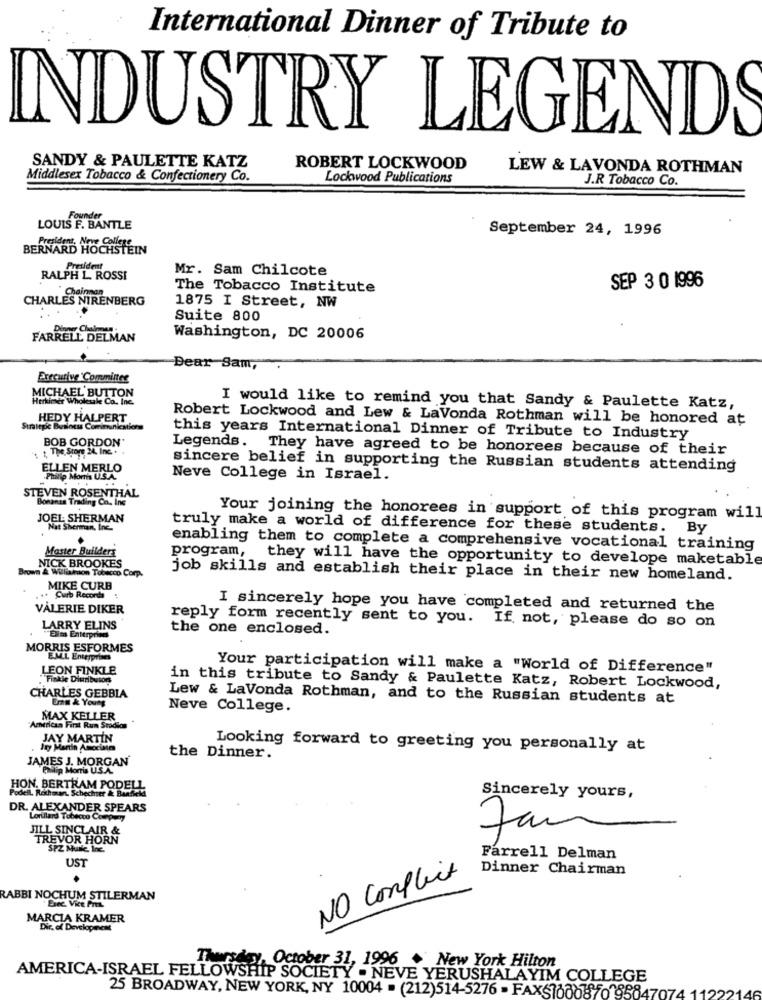
International Dinner of Tribute to
INDUSTRY LEGENDS
SANDY & PAULETTE KATZ
ROBERT LOCKWOOD
LEW & LAVONDA ROTHMAN
Middlesex Tobacco & Confectionery Co.
Lockwood Publications
J.R Tobacco Co.
LOUIS F. BANTLE
September 24, 1996
BERNARD HOCHSTE
President
Mr. Sam Chilcote
RALPH L. ROSSI
The Tobacco Institute
SEP 3 0 1996
CHARLES NIRENBERG
Chairman
1875 I Street, NW
Suite 800
FARRELL DELMAN
Washington, DC 20006
Dear Sam,
Executive Committee
MICHAEL BUTTON
Herkimer Wholesale Co. Inc.
I would like to remind you that Sandy & Paulette Katz,
HEDY HALPERT
Robert Lockwood and Lew & LaVonda Rothman will be honored at
Strategic Business Communications
BOB GORDON'
this years International Dinner of Tribute to Industry
"+ ", The Store 24, Inc. +
Legends. They have agreed to be honorees because of their
ELLEN MERLO
sincere belief in supporting the Russian students attending
Philip Morris U.S.A.
Neve College in Israel.
STEVEN ROSENTHAL
Bonanan Trading Co. Inc
JOEL SHERMAN
Your joining the honorees in support of this program will
at Sherman, Inc.
truly make a world of difference for these students. By
Master Builders
program,
enabling them to complete a comprehensive vocational training
they will have the opportunity to develope maketable
Brown & Williamson Tobacco Corp.
NICK BROOKES
job skills and establish their place in their new homeland.
MIKE CURB
.. Curb Records
VALERIE DIKER
I sincerely hope you have completed and returned the
LARRY ELINS
reply form recently sent to you. If not, please do so on
the one enclosed.
Elles Enterprises
MORRIS ESFORMES
EM.L Enterprises
LEON FINKLE
Your participation will make a "World of Difference"
.Finkle Diuributon
in this tribute to Sandy & Paulette Katz, Robert Lockwood,
CHARLES GEBBIA
Emm & Young
Lew & LaVonda Rothman, and to the Russian students at
Neve College.
MAX KELLER
American Firat Rum Sradion
JAY MARTIN
Jay Martin Amocine
Looking forward to greeting you personally at
JAMES J. MORGAN'
the Dinner.
Morris U.S.A.
HON. BERTRAM PODELL
Podell. Rothman. Schechter & Banfield
Sincerely yours,
DR. ALEXANDER SPEARS
Lorillard Tobacco Comp.7
JILL SINCLAIR &
TREVOR HORN
SPZ Munke, Inc.
UST
Farrell Delman
Dinner Chairman
NO Conflict
RABBI NOCHUM STILERMAN
Exec Vice Pits.
MARCIA KRAMER
Dir. of Developinest
Thursday, October 31, 1996 + New York Hilton
AMERICA-ISRAEL FELLOWSHIP SOCIETY . NEVE YERUSHALAYIM COLLEGE
25 BROADWAY, NEW YORK, NY 10004 . (212)514-5276 - FAX61000870 85847074